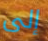
إلى